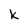
Character: k